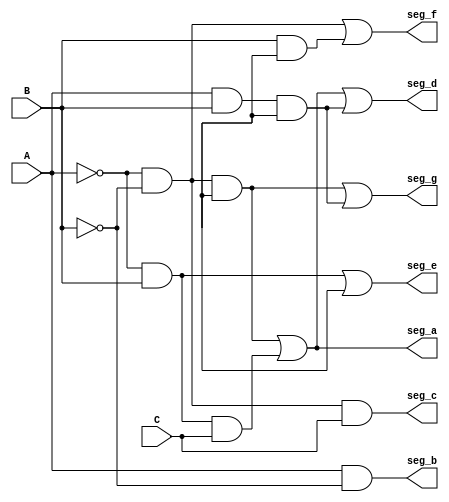
module decod_linha_numero(A, B, C, seg_a, seg_b, seg_c, seg_d, seg_e, seg_f, seg_g);
	input A, B, C;
	output seg_a, seg_b, seg_c, seg_d, seg_e, seg_f, seg_g;
	
	wire A_not, B_not, C_not;
	
	not (A_not, A);
	not (B_not, B);
	not (c_not, C);
	
	//saida S0 do decodificador
	and And0 (T0, A_not, B_not, C_not);
	and And1 (T1, A_not, B, C);
	or Or0 (seg_a, T0, T1);
	
	//saida S1 do decodificador
	and And2 (seg_b, A, B_not);
	
	//saida S2 do decodificador
	and And3 (seg_c, A_not, B_not, C);
	
	//saida S3 do decodificador
	and And4 (T2, A, B, C_not);
	or Or1 (seg_d, T0, T1, T2);
	
	//saida S4 do decodificador
	and And5 (T3, A_not, B);
	or Or2 (seg_e, T3, C_not);
	
	//saida S5 do decodificador
	and And6 (T4, A_not, B_not);
	and And7 (T5, B, C_not);
	or Or3 (seg_f, T4, T5);
	
	//saida S6 do decodificador
	or Or4 (seg_g, T0, T2);
	
	

endmodule